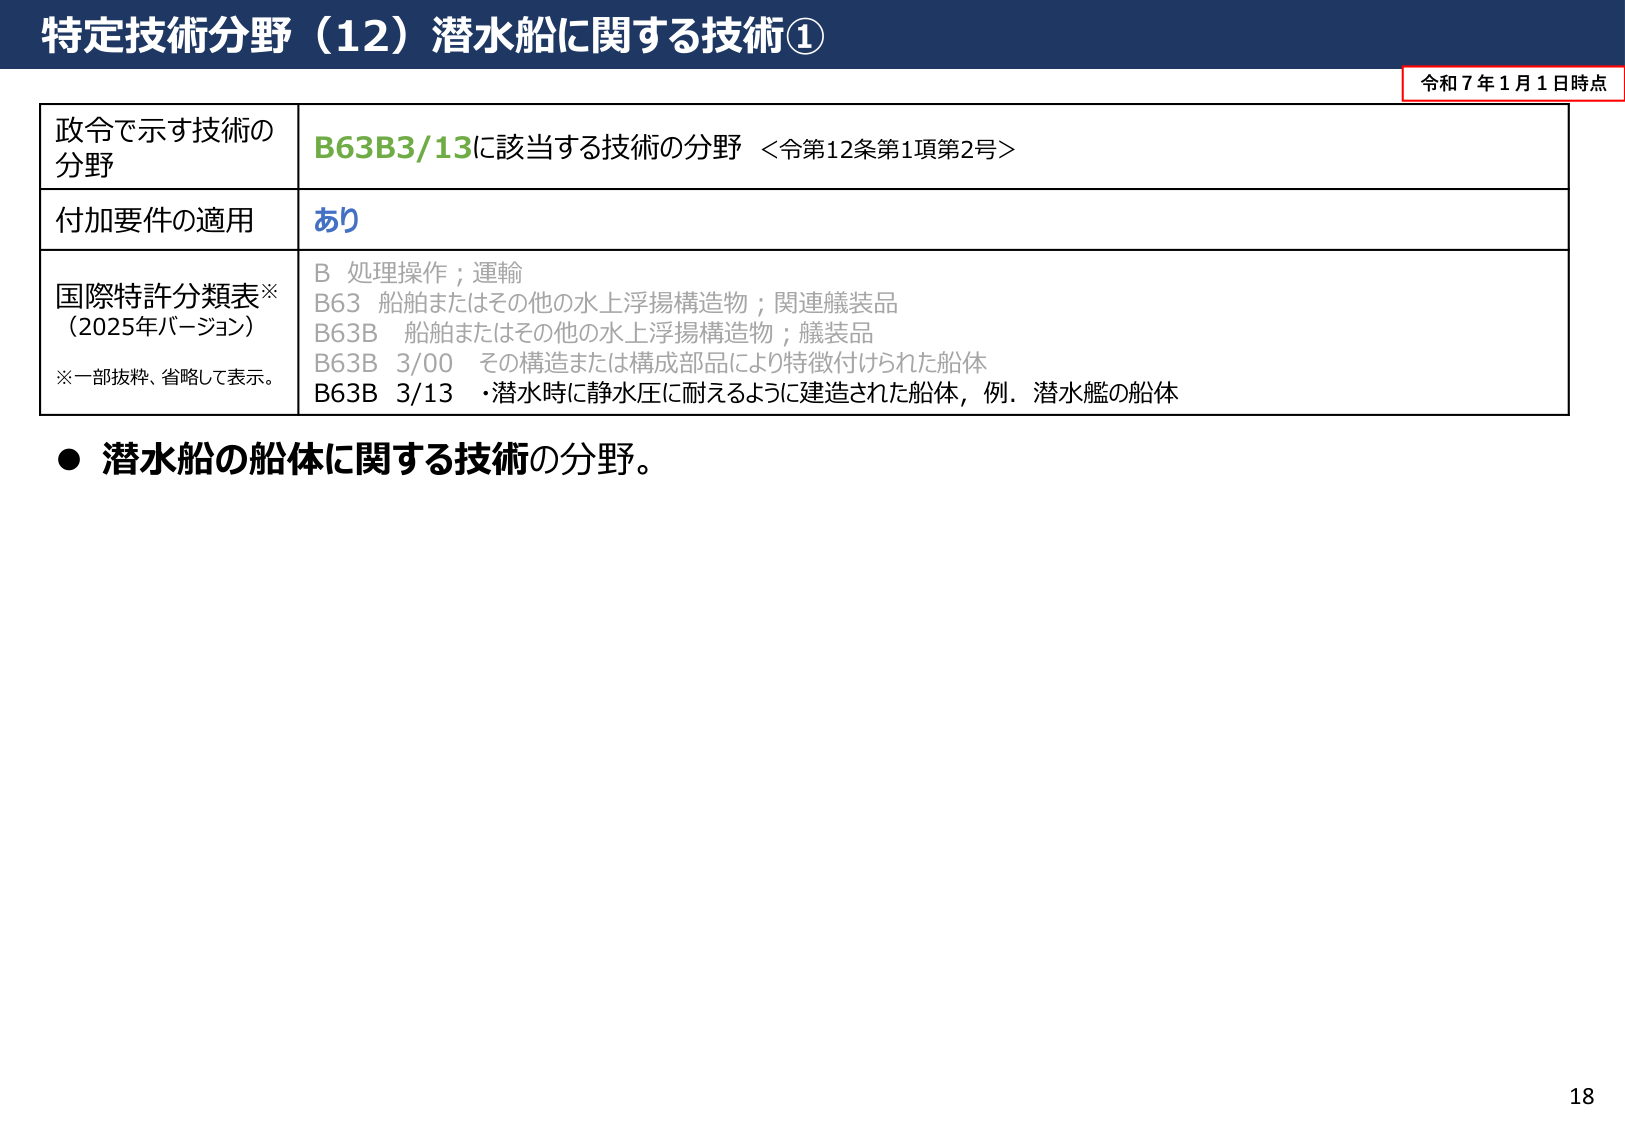
特定技術分野（12）潜水船に関する技術①

令和７年１月１日時点

政令で示す技術の
分野
B63B3/13に該当する技術の分野 ＜令第12条第1項第2号＞

付加要件の適用
あり

国際特許分類表※
（2025年バージョン）
※一部抜粋、省略して表示。
B 処理操作；運輸
B63 船舶またはその他の水上浮揚構造物；関連艤装品
B63B 船舶またはその他の水上浮揚構造物；艤装品
B63B 3/00 その構造または構成部品により特徴付けられた船体
B63B 3/13 ・潜水時に静水圧に耐えるように建造された船体，例．潜水艦の船体

● 潜水船の船体に関する技術の分野。

18